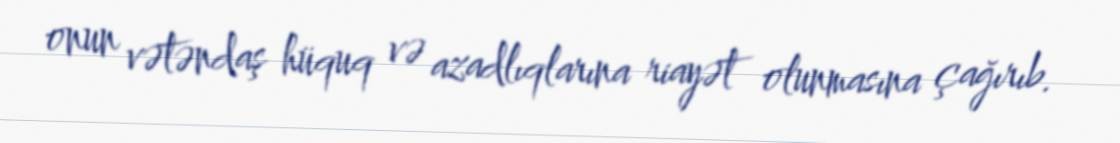
onun vətəndaş hüquq və azadlıqlarına riayət olunmasına çağırıb.